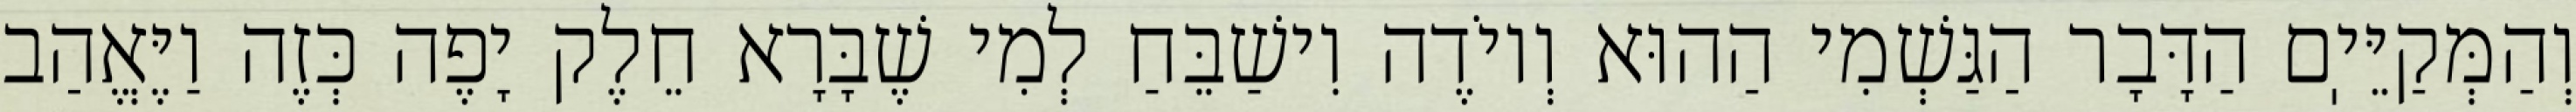
וְהַמְּקַיֵּיֽם הַדָּבָר הַגַּשְׁמִי הַהוּא וְיוֹדֶה וִישַׁבֵּחַ לְמִי שֶׁבָּרָא חֵלֶק יָפֶה כְּזֶה וַיֶּאֱהַב